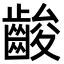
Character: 𪘑